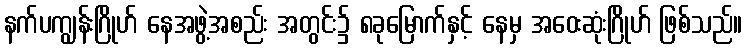
နက်ပကျွန်းဂြိုဟ် နေအဖွဲ့အစည်း အတွင်း၌ ၈ခုမြောက်နှင့် နေမှ အဝေးဆုံးဂြိုဟ် ဖြစ်သည်။